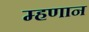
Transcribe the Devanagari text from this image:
म्हणान